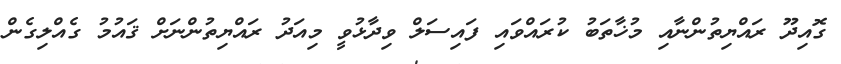
ގޮއިދޫ ރައްޔިތުންނާއި މުޚާތަބު ކުރައްވައި ފައިސަލް ވިދާޅުވީ މިއަދު ރައްޔިތުންނަށް ޤައުމު ގެއްލިގެން